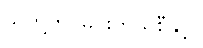
သူတို့က မြင်းကိုယ်စီနှင့်။